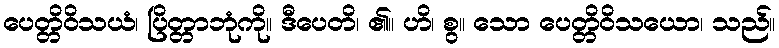
ပေတ္တိဝိသယံ၊ ပြိတ္တာဘုံကို။ ဒီပေတိ၊ ၏။ ဟိ၊ စွ။ သော ပေတ္တိဝိသယော၊ သည်။